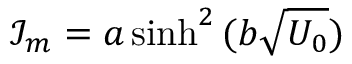
\mathcal { I } _ { m } = a \sinh ^ { 2 } { ( b \sqrt { U _ { 0 } } ) }